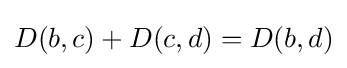
D(b,c)+D(c,d)=D(b,d)